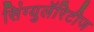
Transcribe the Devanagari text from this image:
सिंग्युलॅरिटीज